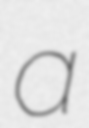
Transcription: a